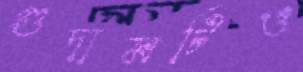
গুদামটিও